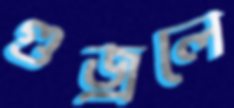
গুজ্‌রলে